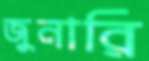
জুনারি